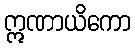
ဣဏာယိကော